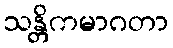
သန္တိကမာဂတာ